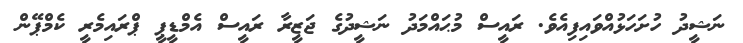
ނަޝީދު ހުށަހަޅުއްވައިފިއެވެ. ރައީސް މުޙައްމަދު ނަޝީދުގެ ޖަޒީރާ ރައީސް އެމްޑީޕީ ޕްރައިމެރީ ކެމްޕޭން